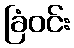
ခြံဝင်း